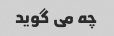
چه می گوید